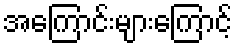
အကြောင်းများကြောင့်